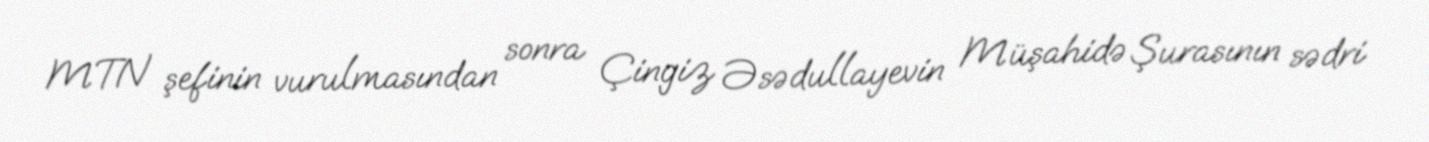
MTN şefinin vurulmasından sonra Çingiz Əsədullayevin Müşahidə Şurasının sədri